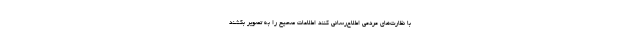
با نظارت‌های مردمی اطلاع‌رسانی کنند اطلاعات صحیح را به تصویر بکشند